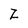
Character: Z